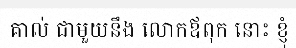
គាល់ ជាមួយនឹង លោកឪពុក នោះ ខ្ញុំ